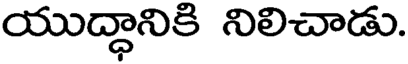
యుద్ధానికి నిలిచాడు.